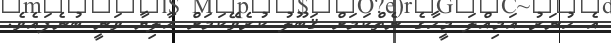
އެ ހުނަރު އަމިއްލަ މީހާގެ ނެތްކަމަށް ޤަބޫލު ކުރެވޭކަމަށް އާލިޔާ ވަނީ ބުނެފައެވެ.